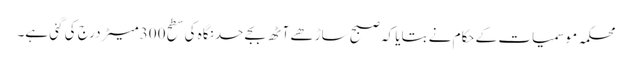
محکمہ موسمیات کے حکام نے بتایا کہ صبح ساڑھے آٹھ بجے حد نگاہ کی سطح 300 میٹر درج کی گئی ہے۔